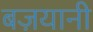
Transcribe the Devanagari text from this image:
बज़यानी